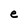
Character: e